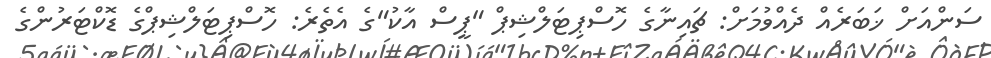
ސަންއަށް ޚަބަރެއް ދެއްވުމަށް: ޗައިނާގެ ހޮސްޕިޓަލްޝިޕް "ޕީސް އާކު"ގެ އެތެރެ: ހޮސްޕިޓަލްޝިޕްގެ ޑޮކްޓަރުންގެ